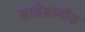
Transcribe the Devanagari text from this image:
साडेसव्वीस